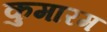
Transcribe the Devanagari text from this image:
कुमारम